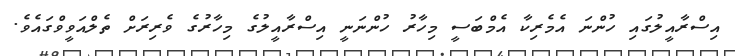
އިސްރާއީލުގައި ހުންނަ އެމެރިކާ އެމްބަސީ މިހާރު ހުންނަނީ އިސްރާއީލުގެ މިހާރުގެ ވެރިރަށް ތެލްއަވީވްގައެވެ.